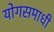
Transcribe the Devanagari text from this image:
योगसमाधी